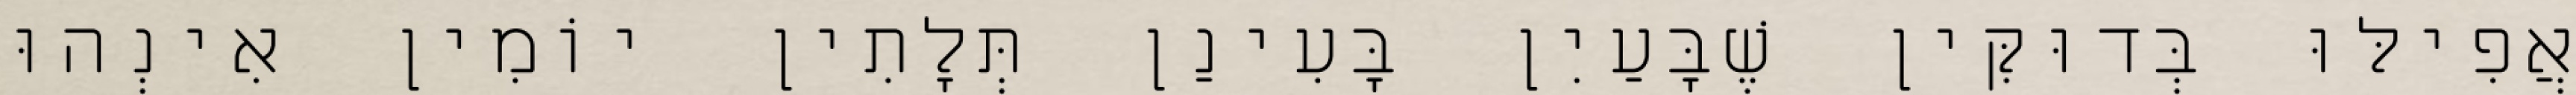
אֲפִילּוּ בְּדוּקִּין שֶׁבָּעַיִן בָּעִינַן תְּלָתִין יוֹמִין אִינְהוּ